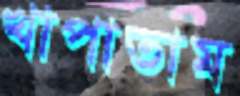
খাপাতাম